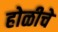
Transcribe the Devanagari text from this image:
होळीचे